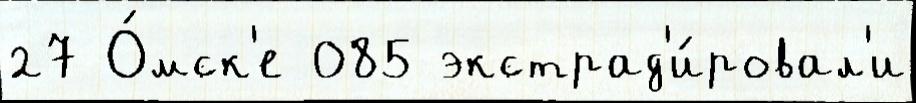
27 О́мск'е 085 экстрад'и́ровал'и